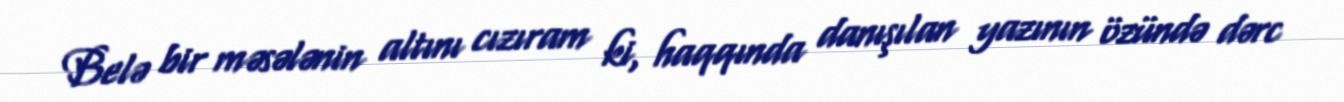
Belə bir məsələnin altını cızıram ki, haqqında danışılan yazının özündə dərc